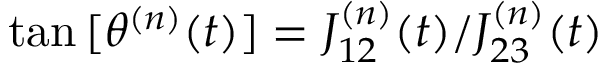
{ \tan { [ \theta ^ { ( n ) } ( t ) ] } = { J _ { 1 2 } ^ { ( n ) } ( t ) } / { J _ { 2 3 } ^ { ( n ) } ( t ) } }